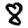
Digit: 8